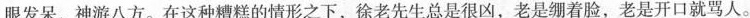
眼发呆，神游八方。在这种糟糕的情形之下，徐老先生总是很凶，老是绷着脸，老是开口就骂人。